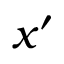
x ^ { \prime }